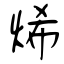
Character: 烯